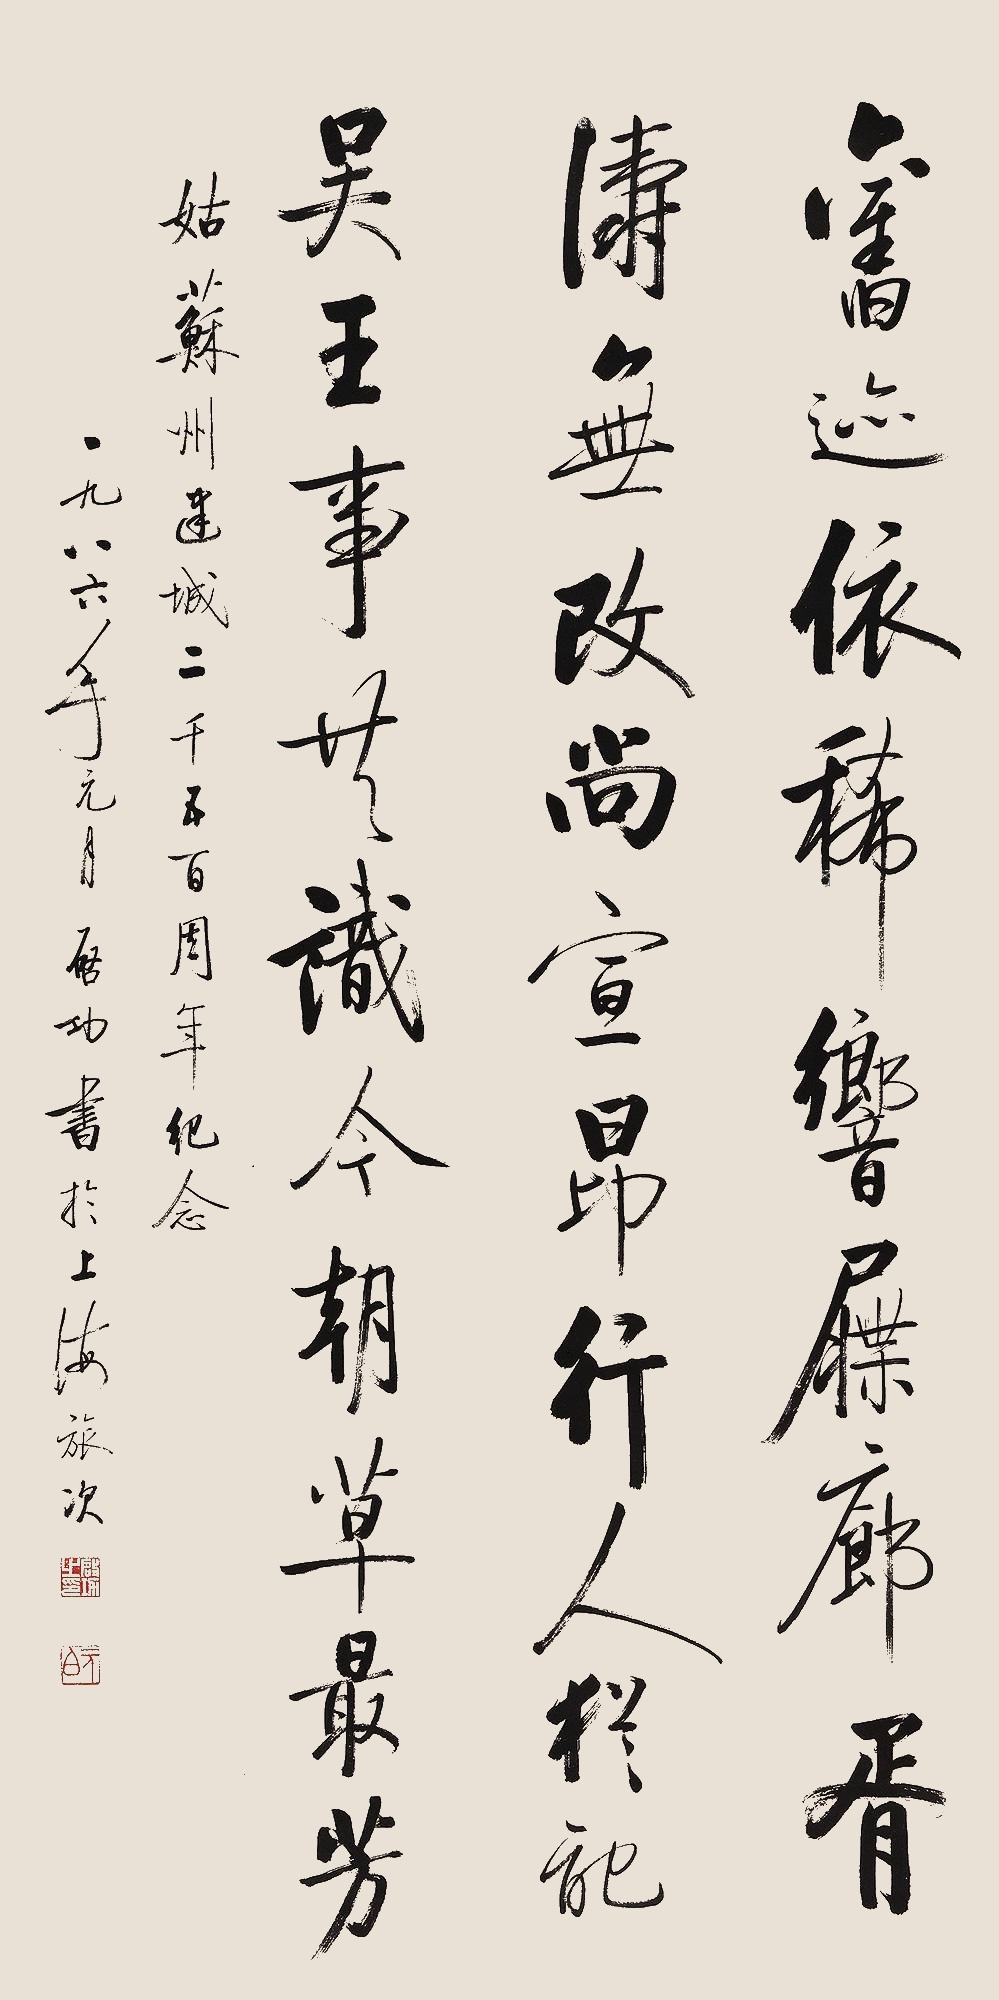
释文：旧迹依稀响屧廊，胥涛无改尚宣昂，行人犹记吴王事，共识今朝草最芳。姑苏州建城二千五百周年纪念。一九八六年元月，启功书于上海旅次。